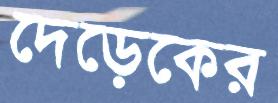
দেড়েকের